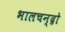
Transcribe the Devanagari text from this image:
भालचन्द्रो